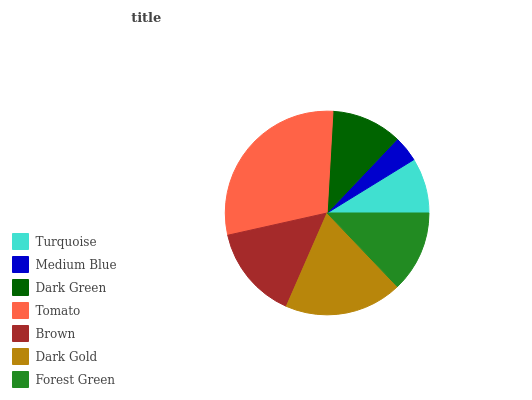
| Turquoise | Medium Blue | Dark Green | Tomato | Brown | Dark Gold | Forest Green |
 | --- | --- | --- | --- | --- | --- | --- |
 | 8.79% | 4.14% | 11.2% | 29.4% | 14.9% | 18.6% | 12.9% |